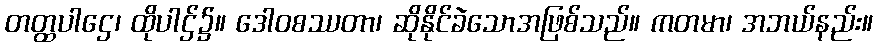
တတ္ထပါဌေ၊ ထိုပါဌ်၌။ ဒေါဝစဿတာ၊ ဆိုနိုင်ခဲသောအဖြစ်သည်။ ကတမာ၊ အဘယ်နည်း။